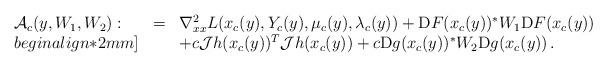
LaTeX: \begin{align*}\begin{array}{lcl}{\cal A}_c(y,W_1,W_2):&= & \nabla^2_{xx} L(x_c(y),Y_c(y),\mu_c(y),\lambda_c(y))+ {\rm D}F(x_c(y))^*W_1{\rm D}F(x_c(y))\\begin{align*}2mm] & & +c {\cal J}h(x_c(y))^T{\cal J}h(x_c(y))+c {\rm D}g(x_c(y))^*W_2{\rm D} g(x_c(y))\, .\end{array}\end{align*}%\end{align*}